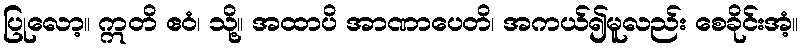
ပြုလော့။ ဣတိ ဧဝံ၊ သို့။ အထာပိ အာဏာပေတိ၊ အကယ်၍မူလည်း စေခိုင်းအံ့။